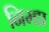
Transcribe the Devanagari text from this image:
निम्डा